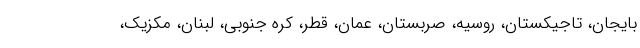
بایجان، تاجیکستان، روسیه، صربستان، عمان، قطر، کره جنوبی، لبنان، مکزیک،